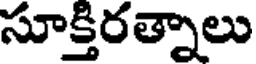
సూక్తిరత్నాలు